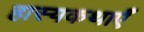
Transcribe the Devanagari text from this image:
हास्यकथाएँ